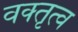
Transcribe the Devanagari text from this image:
वक्‍तृत्व